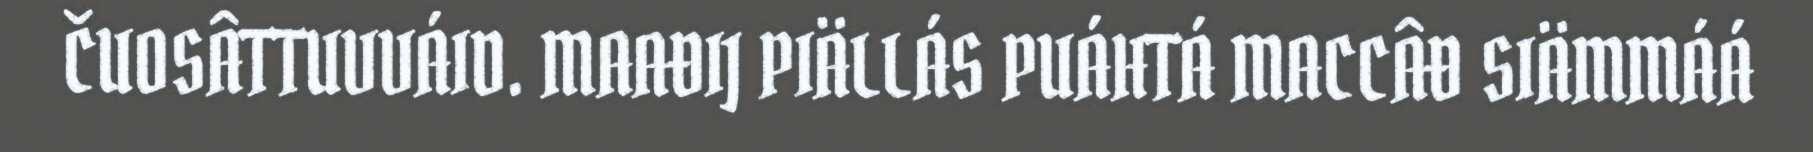
ČUOSÂTTUVVÁID. MAAĐIJ PIÄLLÁS PUÁHTÁ MACCÂĐ SIÄMMÁÁ